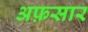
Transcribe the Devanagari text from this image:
अफ़सार